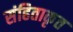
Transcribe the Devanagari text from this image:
संहिताकृत